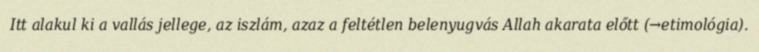
Itt alakul ki a vallás jellege, az iszlám, azaz a feltétlen belenyugvás Allah akarata előtt (→etimológia).